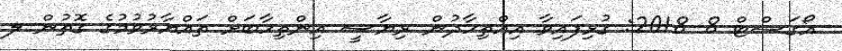
އޯގަސްޓް 8 2018: ގުޅިފައިވާ އިއްތިހާދުން ރިޔާސީ އިންތިހާބަށް ތައްޔާރުވުމުގެ ގޮތުން ލ